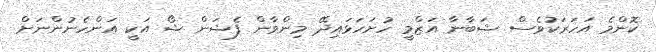
ކޮންމެ އަހަރަކުވެސް ޝަބާނާ އަޒްމީ ހުށަހަޅައިދޭ މިންވާން ފެޝަން ޝޯ އަކީ އަންހެނުންނަށް